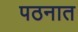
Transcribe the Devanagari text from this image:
पठनात